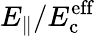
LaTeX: E_{\| }/E_{\mathrm{c}}^{\mathrm{eff}}